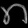
Digit: ၈